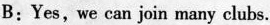
B：Yes,we can join many clubs.